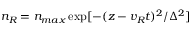
n _ { R } = n _ { m a x } \exp [ - ( z - v _ { R } t ) ^ { 2 } / \Delta ^ { 2 } ]